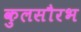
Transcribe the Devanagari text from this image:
कुलसौरभ